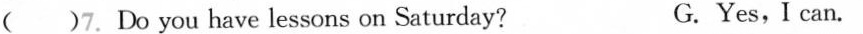
( )7.Do you have lessons on Saturday? G. Yes, I can.